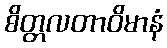
စိတ္တလတာဝိမာနံ